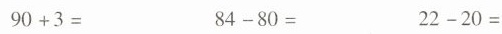
$$9 0 + 3 =$$ $$8 4 - 8 0 =$$ $$2 2 - 2 0 =$$